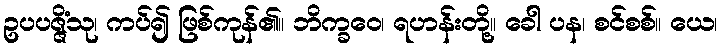
ဥပပဇ္ဇိံသု၊ ကပ်၍ ဖြစ်ကုန်၏။ ဘိက္ခဝေ၊ ရဟန်းတို့။ ခေါ ပန၊ စင်စစ်။ ယေ၊